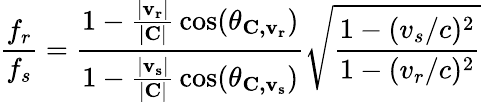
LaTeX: {\frac{f_{r}}{f_{s}}}={\frac{1-{\frac{|\mathbf{v_{r}}|}{\mathbf{|C|}}}\cos(\theta_{\mathbf{C,v_{r}}})}{1-{\frac{|\mathbf{v_{s}}|}{\mathbf{|C|}}}\cos(\theta_{\mathbf{C,v_{s}}})}}{\sqrt{\frac{1-(v_{s}/c)^{2}}{1-(v_{r}/c)^{2}}}}